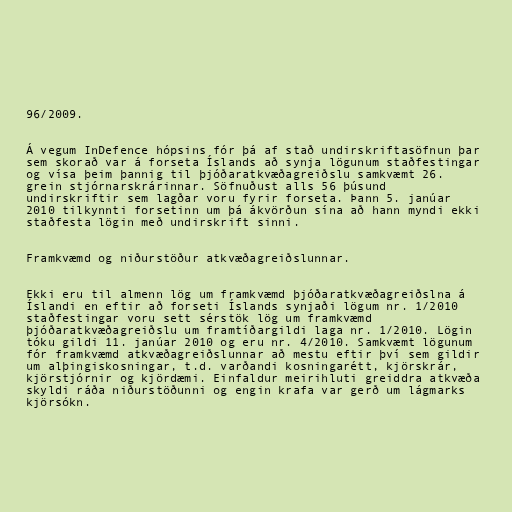
96/2009.

Á vegum InDefence hópsins fór þá af stað undirskriftasöfnun þar
sem skorað var á forseta Íslands að synja lögunum staðfestingar
og vísa þeim þannig til þjóðaratkvæðagreiðslu samkvæmt 26.
grein stjórnarskrárinnar. Söfnuðust alls 56 þúsund
undirskriftir sem lagðar voru fyrir forseta. Þann 5. janúar
2010 tilkynnti forsetinn um þá ákvörðun sína að hann myndi ekki
staðfesta lögin með undirskrift sinni.

Framkvæmd og niðurstöður atkvæðagreiðslunnar.

Ekki eru til almenn lög um framkvæmd þjóðaratkvæðagreiðslna á
Íslandi en eftir að forseti Íslands synjaði lögum nr. 1/2010
staðfestingar voru sett sérstök lög um framkvæmd
þjóðaratkvæðagreiðslu um framtíðargildi laga nr. 1/2010. Lögin
tóku gildi 11. janúar 2010 og eru nr. 4/2010. Samkvæmt lögunum
fór framkvæmd atkvæðagreiðslunnar að mestu eftir því sem gildir
um alþingiskosningar, t.d. varðandi kosningarétt, kjörskrár,
kjörstjórnir og kjördæmi. Einfaldur meirihluti greiddra atkvæða
skyldi ráða niðurstöðunni og engin krafa var gerð um lágmarks
kjörsókn.